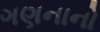
ગણનાનો